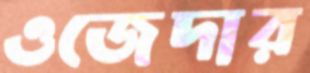
ওজেদার